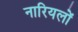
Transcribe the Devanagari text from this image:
नारियलों